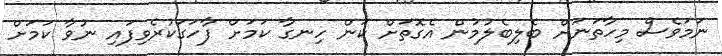
ނަމަވެސް މިހާތަނަށް ބެލިބެލުމުން އެގޮތަށް ކަން ހިނގާ ކަމަށް ފާހަގަކުރެވިފައި ނުވާ ކަމަށް